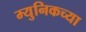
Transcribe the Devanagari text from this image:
म्युनिकच्या